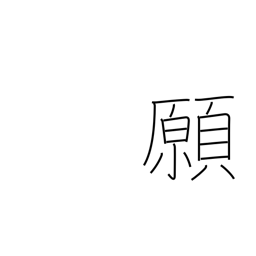
Meaning: petition